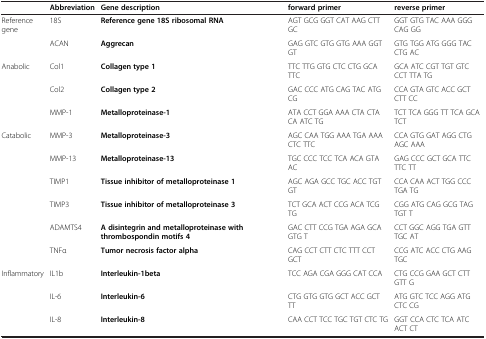
|  | Abbreviation | Gene description | forward primer | reverse primer |
 | --- | --- | --- | --- | --- |
 | Reference gene | 18S | Reference gene 18S ribosomal RNA | AGT GCG GGT CAT AAG CTT GC | GGT GTG TAC AAA GGG CAG GG |
 |  | ACAN | Aggrecan | GAG GTC GTG GTG AAA GGT GT | GTG TGG ATG GGG TAC CTG AC |
 | Anabolic | Col1 | Collagen type 1 | TTC TTG GTG CTC CTG GCA TTC | GCA ATC CGT TGT GTC CCT TTA TG |
 |  | Col2 | Collagen type 2 | GAC CCC ATG CAG TAC ATG CG | CCA GTA GTC ACC GCT CTT CC |
 |  | MMP-1 | Metalloproteinase-1 | ATA CCT GGA AAA CTA CTA CA ATC TG | TCT TCA GGG TT TCA GCA TCT |
 | Catabolic | MMP-3 | Metalloproteinase-3 | AGC CAA TGG AAA TGA AAA CTC TTC | CCA GTG GAT AGG CTG AGC AAA |
 |  | MMP-13 | Metalloproteinase-13 | TGC CCC TCC TCA ACA GTA AC | GAG CCC GCT GCA TTC TTC TT |
 |  | TIMP1 | Tissue inhibitor of metalloproteinase 1 | AGC AGA GCC TGC ACC TGT GT | CCA CAA ACT TGG CCC TGA TG |
 |  | TIMP3 | Tissue inhibitor of metalloproteinase 3 | TCT GCA ACT CCG ACA TCG TG | CGG ATG CAG GCG TAG TGT T |
 |  | ADAMTS4 | A disintegrin and metalloproteinase with thrombospondin motifs 4 | GAC CTT CCG TGA AGA GCA GTG T | CCT GGC AGG TGA GTT TGC AT |
 |  | TNFα | Tumor necrosis factor alpha | CAG CCT CTT CTC TTT CCT GCT | CCG ATC ACC CTG AAG TGC |
 | Inflammatory | IL1b | Interleukin-1beta | TCC AGA CGA GGG CAT CCA | CTG CCG GAA GCT CTT GTT G |
 |  | IL-6 | Interleukin-6 | CTG GTG GTG GCT ACC GCT TT | ATG GTC TCC AGG ATG CTC CG |
 |  | IL-8 | Interleukin-8 | CAA CCT TCC TGC TGT CTC TG | GGT CCA CTC TCA ATC ACT CT |